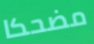
مضحكا